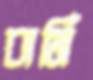
বার্মি